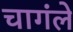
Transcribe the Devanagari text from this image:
चागंले